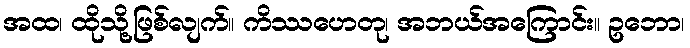
အထ၊ ထိုသို့ဖြစ်လျက်။ ကိဿဟေတု၊ အဘယ်အကြောင်း။ ဥဘော၊